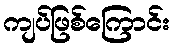
ကျပ်ဖြစ်ကြောင်း